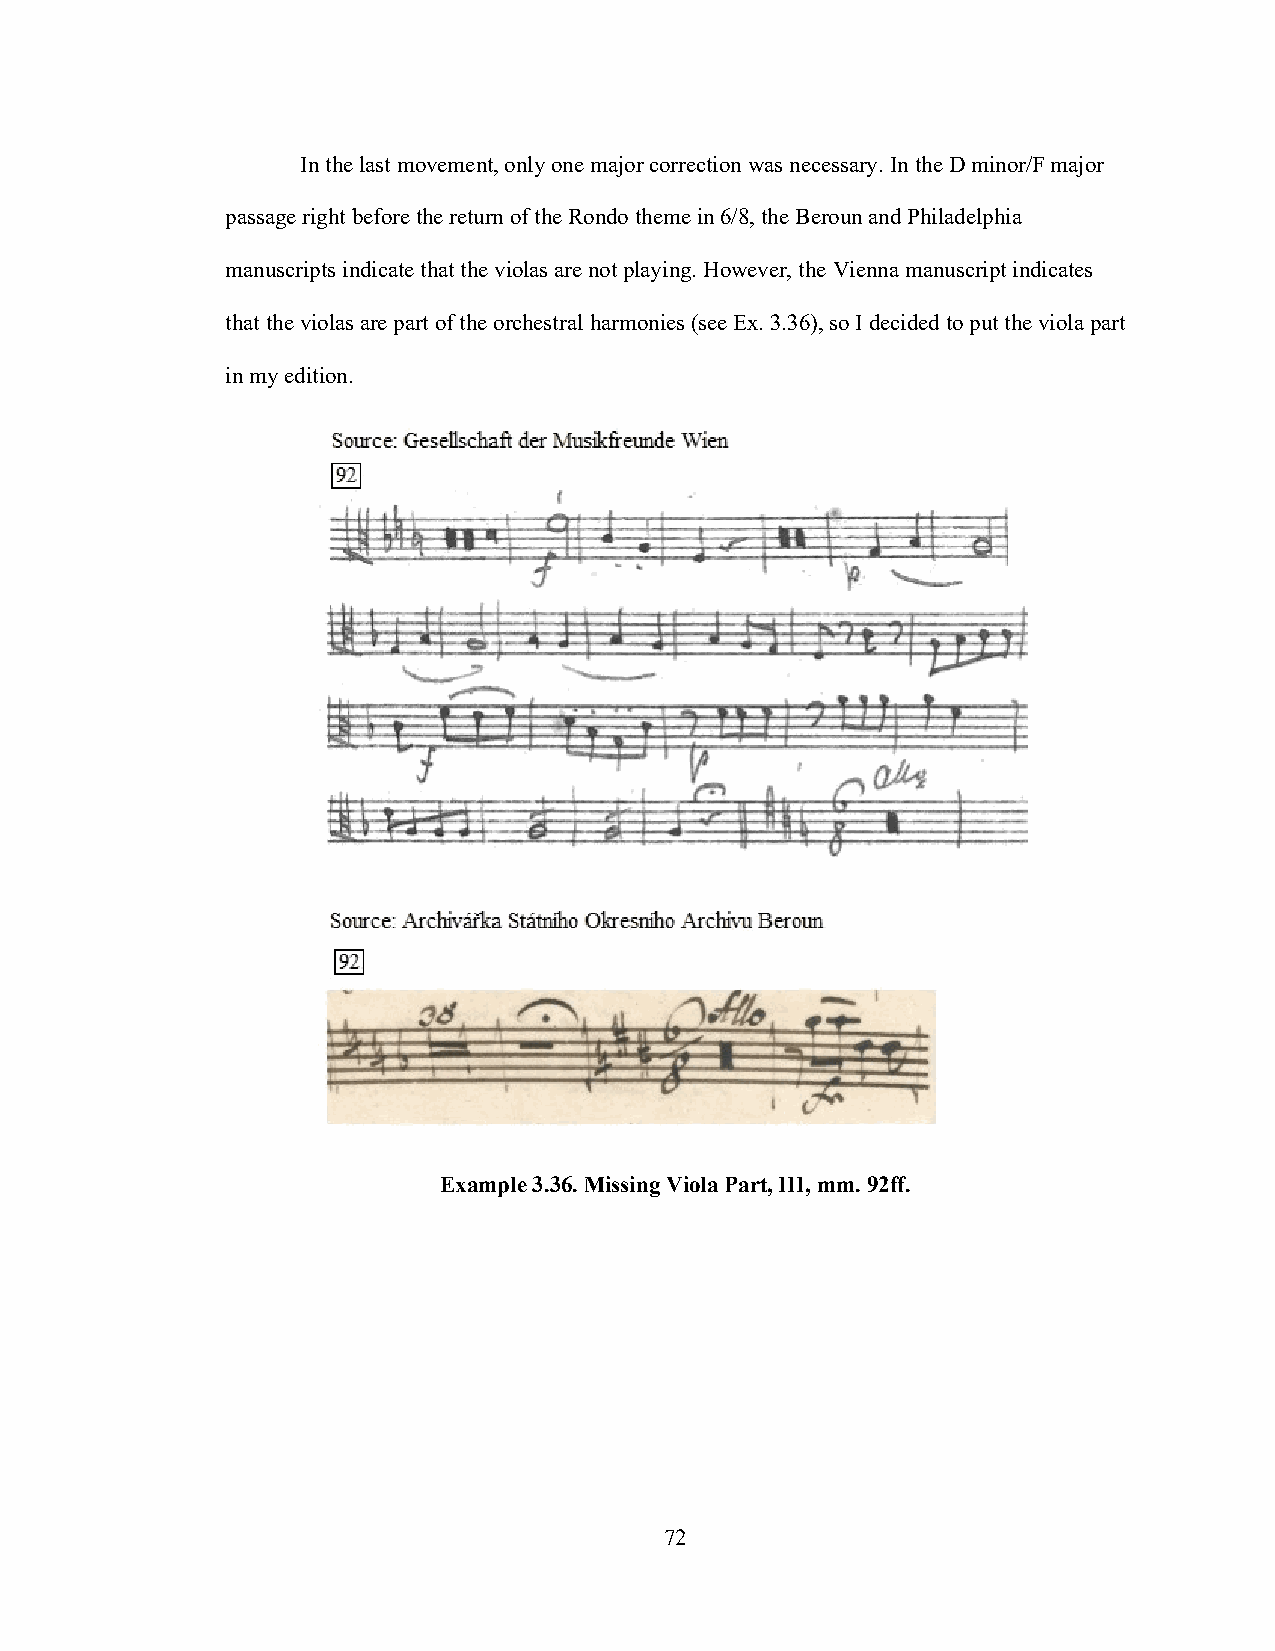
In the last movement, only one major correction was necessary. In the D minor/F major
 passage right before the return of the Rondo theme in 6/8, the Beroun and Philadelphia
 manuscripts indicate that the violas are not playing. However, the Vienna manuscript indicates
 that the violas are part of the orchestral harmonies (see Ex. 3.36), so I decided to put the viola part
 in my edition.
 Example 3.36. Missing Viola Part, III, mm. 92ff.
 72